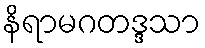
နိရာမဂတဒ္ဒသာ